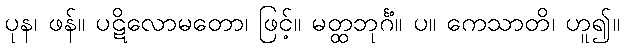
ပုန၊ ဖန်။ ပဋိလောမတော၊ ဖြင့်။ မတ္ထဘုင်္ဂံ။ ပ။ ကေသာတိ၊ ဟူ၍။